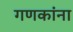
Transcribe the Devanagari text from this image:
गणकांना